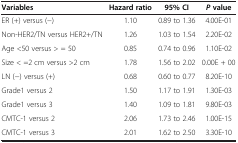
| Variables | Hazard ratio | 95%CI | Pvalue |
 | --- | --- | --- | --- |
 | ER (+) versus (-) | 1.10 | 0.89 to 1.36 | 4.00E-01 |
 | Non-HER2/TN versus HER2+/TN | 1.26 | 1.03 to 1.54 | 2.20E-02 |
 | Age <50 versus > = 50 | 0.85 | 0.74 to 0.96 | 1.10E-02 |
 | Size < =2 cm versus >2 cm | 1.78 | 1.56 to 2.02 | 0.00E + 00 |
 | LN (-) versus (+) | 0.68 | 0.60 to 0.77 | 8.20E-10 |
 | Grade1 versus 2 | 1.50 | 1.17 to 1.91 | 1.30E-03 |
 | Grade1 versus 3 | 1.40 | 1.09 to 1.81 | 9.80E-03 |
 | CMTC-1 versus 2 | 2.06 | 1.73 to 2.46 | 1.00E-15 |
 | CMTC-1 versus 3 | 2.01 | 1.62 to 2.50 | 3.30E-10 |